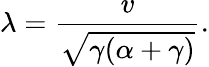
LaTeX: \lambda=\frac{v}{\sqrt{\gamma(\alpha+\gamma)}}.